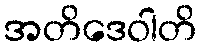
အတိဒေဝါတိ